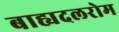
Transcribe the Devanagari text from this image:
बाह्यदलरोम